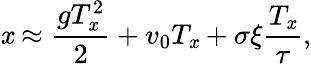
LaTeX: \mathit{x}\approx\frac{{gT_{\mathit{x}}^{2}}}{{2}}+v_{0}T_{\mathit{x}}+\sigma\xi\frac{{T_{\mathit{x}}}}{{\tau}},